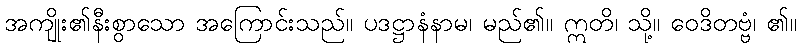
အကျိုး၏နီးစွာသော အကြောင်းသည်။ ပဒဋ္ဌာနံနာမ၊ မည်၏။ ဣတိ၊ သို့။ ဝေဒိတဗ္ဗံ၊ ၏။